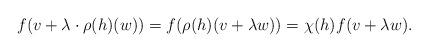
LaTeX: \begin{align*}f(v+\lambda\cdot \rho(h)(w))=f(\rho(h)(v+\lambda w))=\chi(h)f(v+\lambda w).\end{align*}